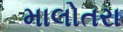
માલોતરા